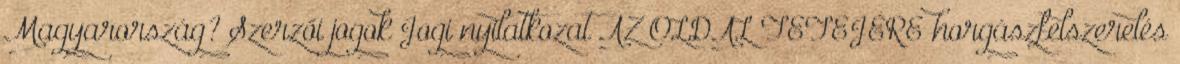
Magyarország? Szerzői jogok Jogi nyilatkozat AZ OLDAL TETEJÉRE horgászfelszerelés